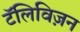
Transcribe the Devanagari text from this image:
टॅलिविज़न